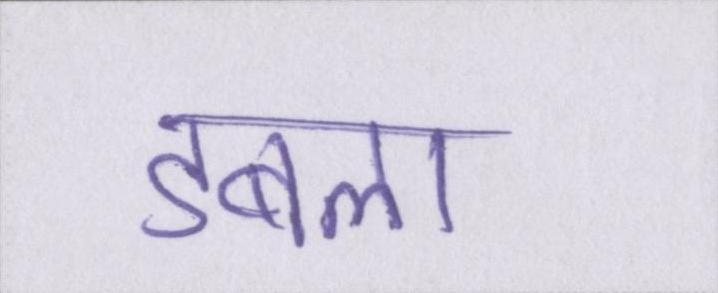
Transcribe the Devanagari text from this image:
डबला